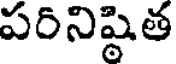
పరినిష్ఠిత